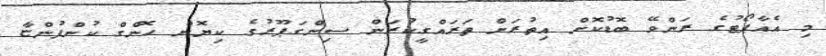
މި އެއާޕޯޓުގެ ރަންވޭ ބޮޑުކޮށް އިތުރަށް ތަރައްގީކުރަން ސިންގަޕޫރުގެ ކިޔޮން ހޮންގް ކުންފުންޏާ